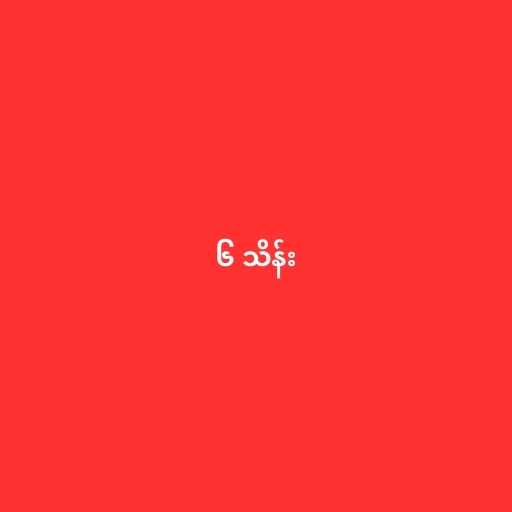
၆ သိန်း